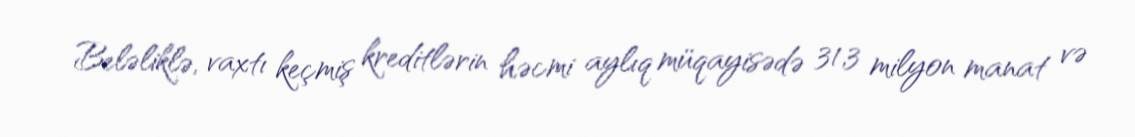
Beləliklə, vaxtı keçmiş kreditlərin həcmi aylıq müqayisədə 31,3 milyon manat və